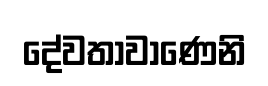
දේවතාවාණෙනි